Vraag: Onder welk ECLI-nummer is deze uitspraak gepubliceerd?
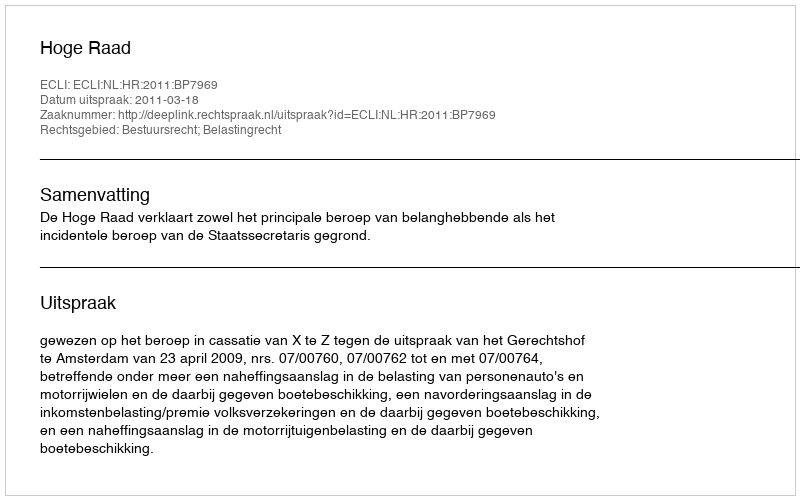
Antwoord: ECLI:NL:HR:2011:BP7969